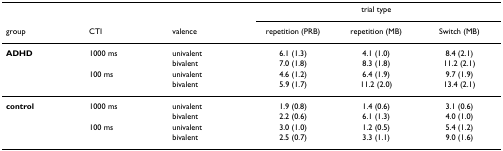
<table><thead><tr><td></td><td></td><td></td><td colspan="3"><b>trial type</b></td></tr><tr><td><b>group</b></td><td><b>CTI</b></td><td><b>valence</b></td><td><b>repetition (PRB)</b></td><td><b>repetition (MB)</b></td><td><b>Switch (MB)</b></td></tr></thead><tbody><tr><td><b>ADHD</b></td><td>1000 ms</td><td>univalent</td><td>6.1 (1.3)</td><td>4.1 (1.0)</td><td>8.4 (2.1)</td></tr><tr><td></td><td></td><td>bivalent</td><td>7.0 (1.8)</td><td>8.3 (1.8)</td><td>11.2 (2.1)</td></tr><tr><td></td><td>100 ms</td><td>univalent</td><td>4.6 (1.2)</td><td>6.4 (1.9)</td><td>9.7 (1.9)</td></tr><tr><td></td><td></td><td>bivalent</td><td>5.9 (1.7)</td><td>11.2 (2.0)</td><td>13.4 (2.1)</td></tr><tr><td><b>control</b></td><td>1000 ms</td><td>univalent</td><td>1.9 (0.8)</td><td>1.4 (0.6)</td><td>3.1 (0.6)</td></tr><tr><td></td><td></td><td>bivalent</td><td>2.2 (0.6)</td><td>6.1 (1.3)</td><td>4.0 (1.0)</td></tr><tr><td></td><td>100 ms</td><td>univalent</td><td>3.0 (1.0)</td><td>1.2 (0.5)</td><td>5.4 (1.2)</td></tr><tr><td></td><td></td><td>bivalent</td><td>2.5 (0.7)</td><td>3.3 (1.1)</td><td>9.0 (1.6)</td></tr></tbody></table>